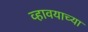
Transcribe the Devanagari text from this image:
व्हावयाच्या